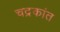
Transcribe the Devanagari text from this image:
चद्रकांत